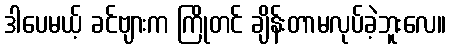
ဒါပေမယ့် ခင်ဗျားက ကြိုတင် ချိန်းတာမလုပ်ခဲ့ဘူးလေ။